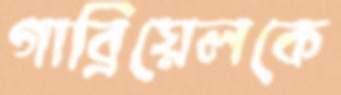
গাব্রিয়েলকে